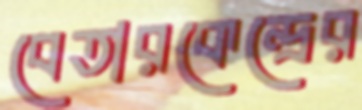
বেতারকেন্দ্রের